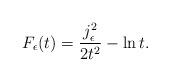
LaTeX: \begin{align*}F_\epsilon (t )=\frac{j_\epsilon^2}{2t^2}-\ln t.\end{align*}